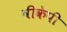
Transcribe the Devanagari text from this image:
वीकेपी